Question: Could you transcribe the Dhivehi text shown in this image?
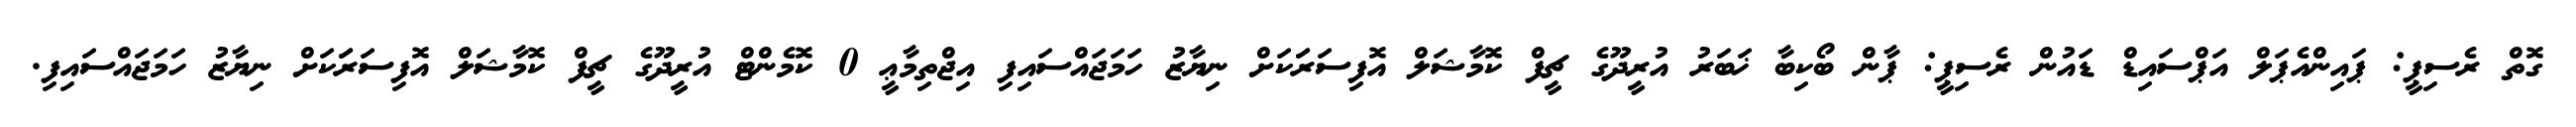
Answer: ގޮތް ރެސިޕީ: ޕައިންއެޕަލް އަޕްސައިޑް ޑައުން ރެސިޕީ: ޕާން ބޯކިބާ ޚަބަރު އުރީދޫގެ ޗީފް ކޮމާޝަލް އޮފިސަރަަކަށް ނިޔާޒު ހަމަޖައްސައިފި އިޖްތިމާޢީ 0 ކޮމެންޓް އުރީދޫގެ ޗީފް ކޮމާޝަލް އޮފިސަރަަކަށް ނިޔާޒު ހަމަޖައްސައިފި.